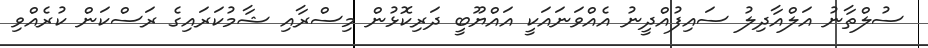
ސުލްތާނު އަލްއާދިލު ސައިފުއްދީނު އެއްވަނައަކީ އައްޔޫބީ ދަރިކޮޅުން މިސްރާއި ޝާމުކަރައިގެ ރަސްކަން ކުރެއްވި